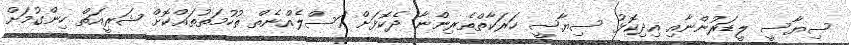
ސިޔާސީ ލީޑަރުންނާއި އިދިކޮޅު ސިޔާސީ ހަރަކާތްތެރިންނާ ދެކޮޅަށް އަސްލެއްނެތް ތުހުމަތުތައްކޮށް ޝަރީއަތް ހިންގުމަށް